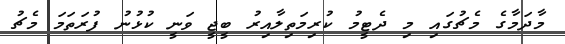
މާދަމާގެ މެޗުގައި މި ދެޓީމު ކުރިމަތިލާއިރު ބީޖީ ވަނީ ކުޅުނު ފުރަތަމަ މެޗު